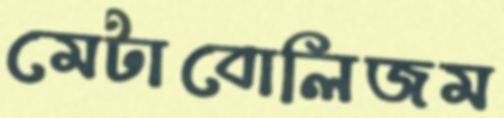
মেটাবোলিজম